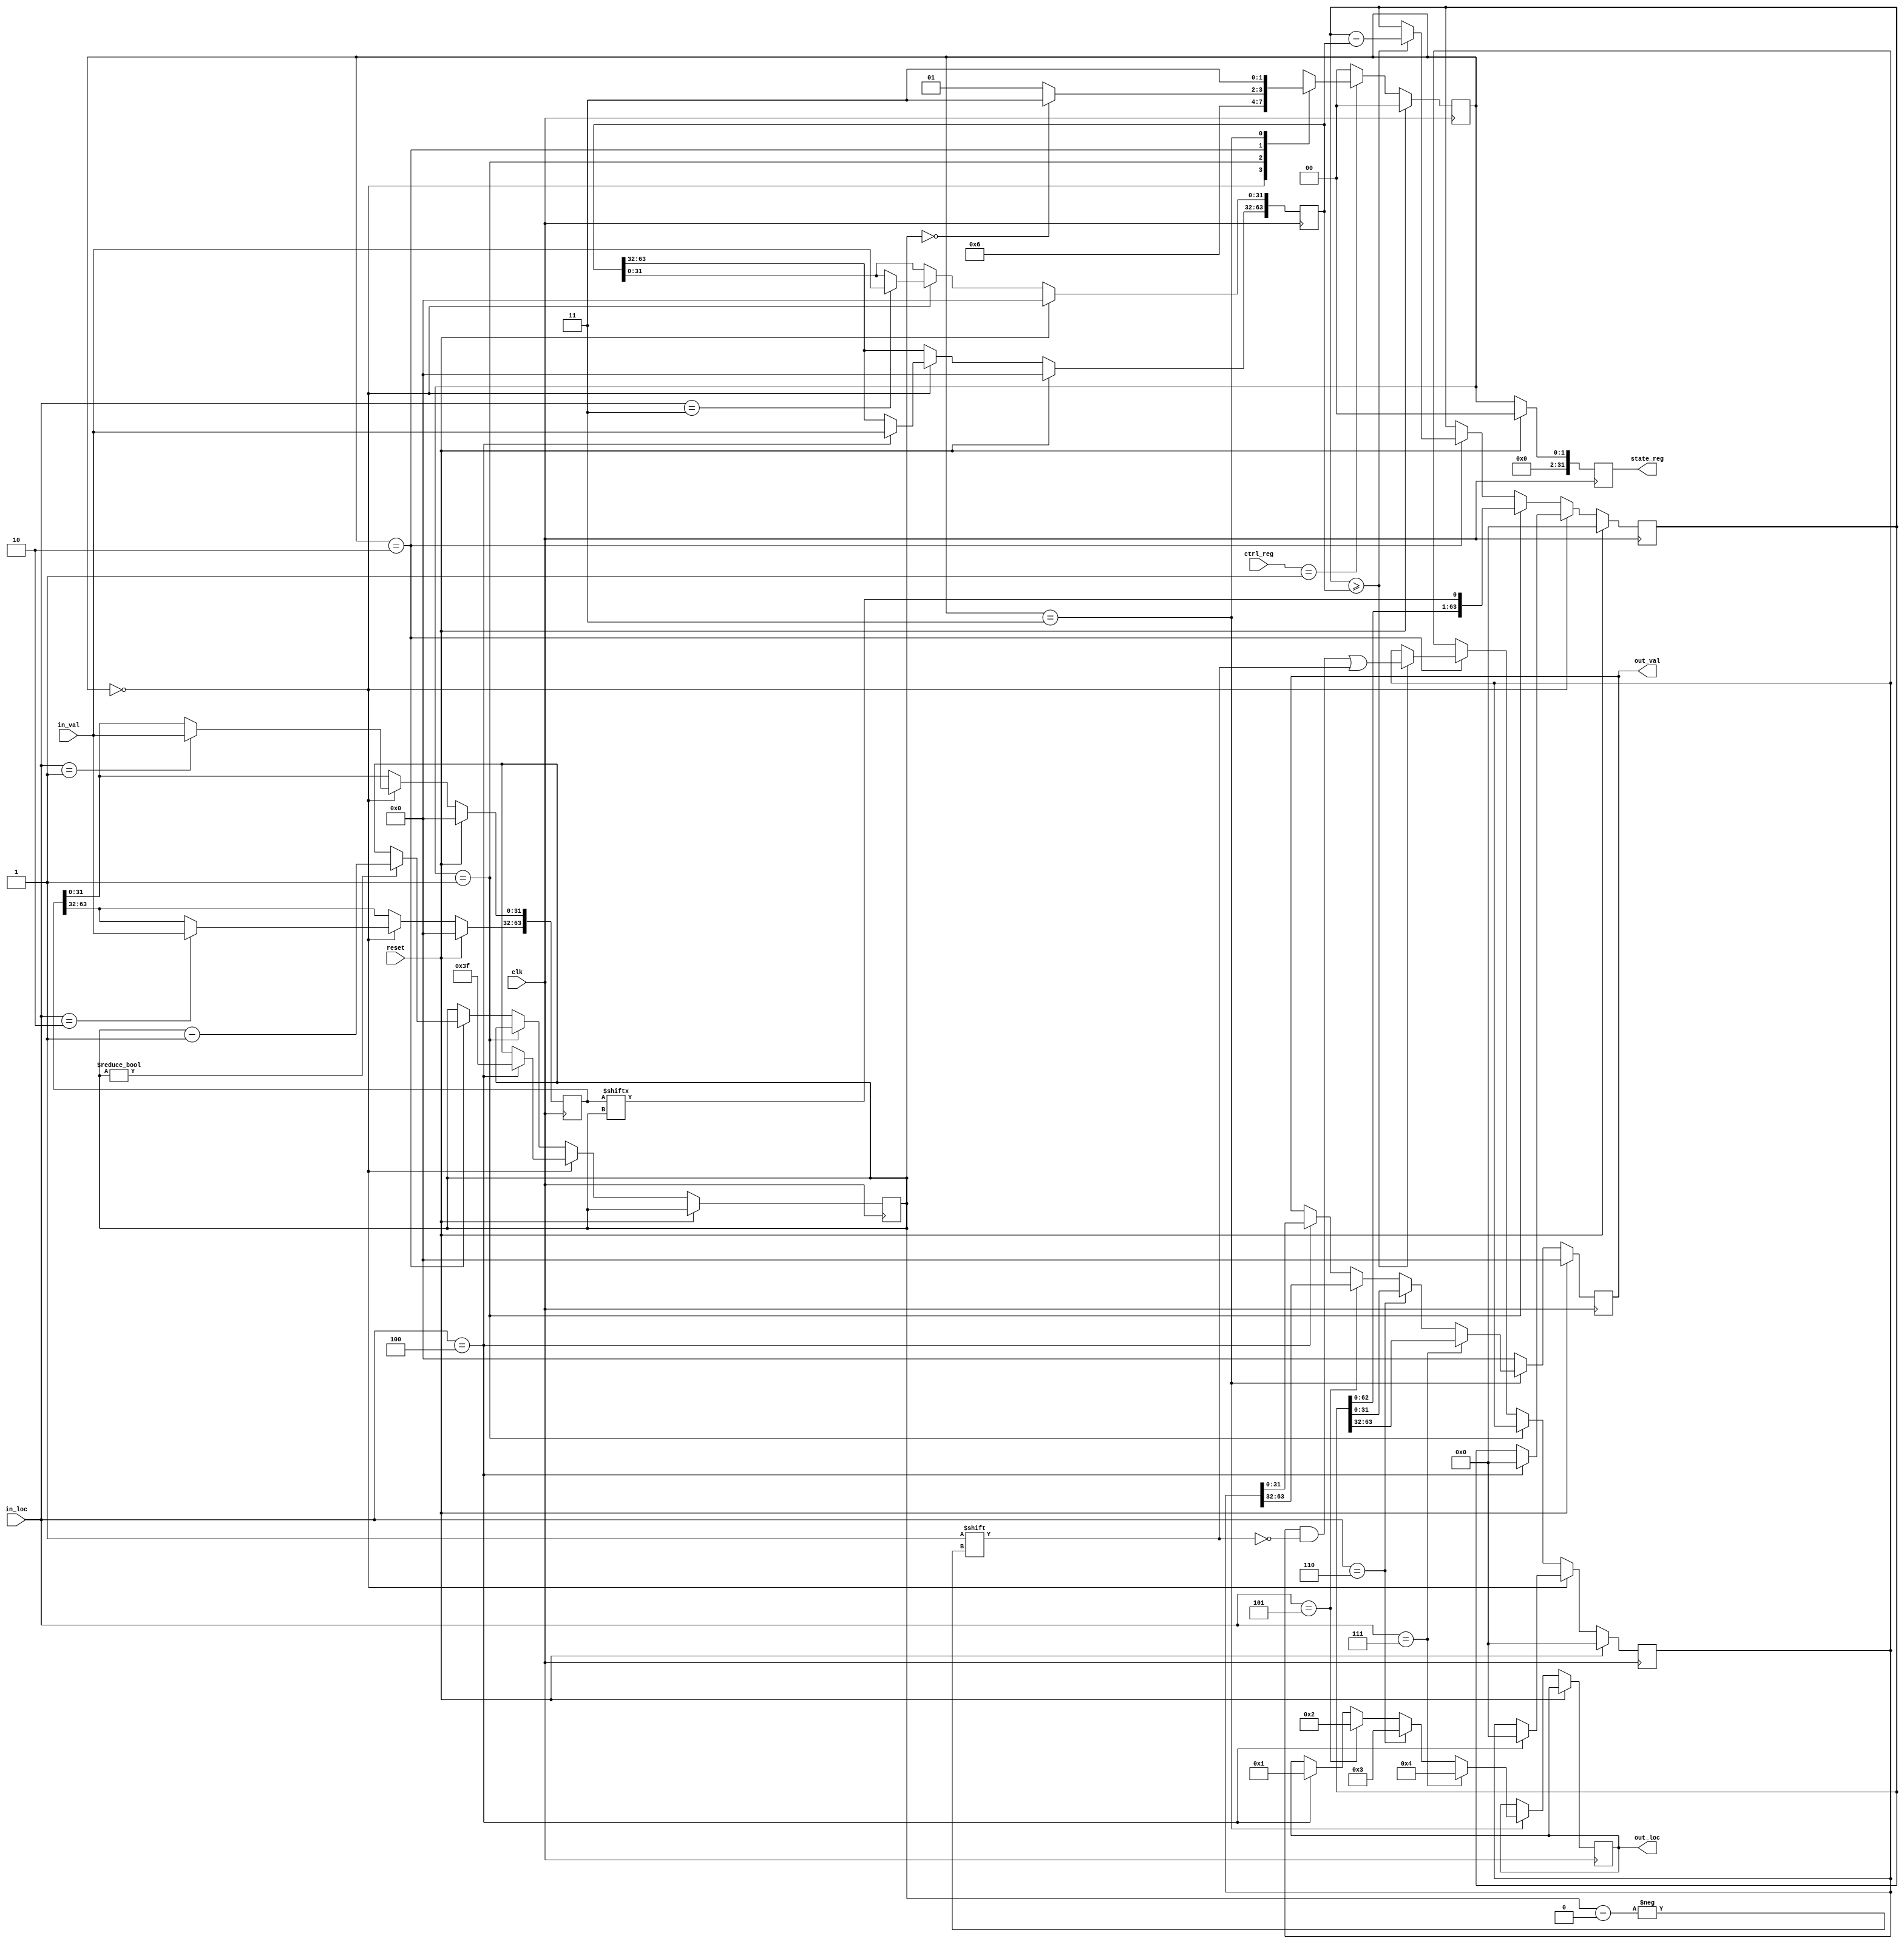
`timescale 1ns / 1ps
//////////////////////////////////////////////////////////////////////////////////
// Company: WPI, ECE
// Module Name: div64
// Description: a 64-bit unsigned divider
// input: a 64-bit dividend, a 64-bit divider,
// output: a 64-bit quotient, a 64-bit reminder
//////////////////////////////////////////////////////////////////////////////////

module udiv64(
        input  clk,                     //clock                                                            
        input  reset,                   //reset  
        
        input [31:0] in_loc,            //a location for a 32-bit chunk of the 128-bit input value 
        input [31:0] in_val,            //the 32-bit chunk input value                                     
        input [31:0] ctrl_reg,          //control register: start/stop/restart multiplication
        
        output reg [31:0] out_loc,      //a location for a 32-bit chunk of the 64-bit output values 
        output reg [31:0] out_val,      //the 32-bit chunk output value 
        output reg [31:0] state_reg     //the index location for a 32-bit chunk of the 256-bit output value 
    );
    
    //a bit depth of the input
    parameter BIT_DEPTH = 7'd64;
    
    //states
    parameter IDLE = 2'd0, DIV1 = 2'd1, DIV2 = 2'd2, FINAL = 2'd3;
    reg [1:0] next_state, current_state;
    
    //input locations
    parameter LOC_1 = 3'd1, LOC_2 = 3'd2, LOC_3 = 3'd3, LOC_4 = 3'd4,
              LOC_5 = 3'd5, LOC_6 = 3'd6, LOC_7 = 3'd7;
    
    reg [63:0] dividend, divider, quotient, reminder;

    //loop counter for the division operation
    reg [5:0] counter;  
        
    //Seq
    always@(posedge clk) begin
        if(reset == 1'b1) begin
            dividend <= 64'd0;
            divider  <= 64'd0;
            quotient <= 64'd0;
            reminder <= 64'd0;
        end 
        else begin
            if(current_state == IDLE) begin
                //load dividend and divider
                case (in_loc)
                   LOC_1: begin
                        dividend[31:0] <= in_val;
                   end
                   LOC_2: begin
                        dividend[63:32] <= in_val;
                   end
                   LOC_3: begin
                        divider[31:0] <= in_val;
                   end
                   LOC_4: begin
                        divider[63:32] <= in_val;
                        //initialize 
                        quotient <= 64'd0;
                        reminder <= 64'd0;
                        counter <= (BIT_DEPTH - 1);
                   end
                endcase
            end
            else if (current_state == DIV1) begin
                reminder <= {reminder[62:0], dividend[counter]};
            end
            else if (current_state == DIV2) begin
                if (reminder >= divider) begin
                    reminder <= reminder - divider;
                    quotient[counter] <= 1'd1;
                end
                if (counter != 6'd0) begin
                    counter <= counter - 6'd1;
                end
            end
        end
    end

    // Next-State Comb. 
    always@(*) begin
        if(ctrl_reg == 32'd1) begin
            case(current_state)
            IDLE: begin 
                next_state = DIV1;
            end
            DIV1: begin
                next_state = DIV2;
            end
            DIV2: begin
                if (counter == 6'd0) begin
                    next_state = FINAL;
                end
                else begin
                    next_state = DIV1;
                end
            end    
            FINAL:
                next_state = FINAL;
            endcase
        end
        else begin
            next_state = IDLE;
        end
    end
    
    // Current-State Seq.
    always@(posedge clk) begin
        if(reset == 1'b1)
            current_state <= IDLE;
        else
            current_state <= next_state;
    end    
    
    //update result (output logic)
    always@(posedge clk)begin
        if(reset == 1'b1) begin
            out_val <= 32'd0;
        end
        else if(current_state == FINAL) begin
            if (in_loc == LOC_4) begin
                out_loc <= LOC_1;
                out_val <= quotient[31:0];
            end
            if (in_loc == LOC_5) begin
                out_loc <= LOC_2;
                out_val <= quotient[63:32];
            end
            if (in_loc == LOC_6) begin
                out_loc <= LOC_3;
                out_val <= reminder[31:0];
            end                        
            if (in_loc == LOC_7) begin
                out_loc <= LOC_4;
                out_val <= reminder[63:32];
            end            
        end   
        else begin
            out_val <= 32'd0;
        end    
    end
    
    //update state register
    always@(posedge clk)begin
        if(reset == 1'b1)
            state_reg <= 32'd0;
        else begin
            state_reg <= {30'd0, current_state};
        end
    end
    
endmodule